Lunatic asylums in Bengal annual reports 1912-1924 - 1912-1924
Year: 1912
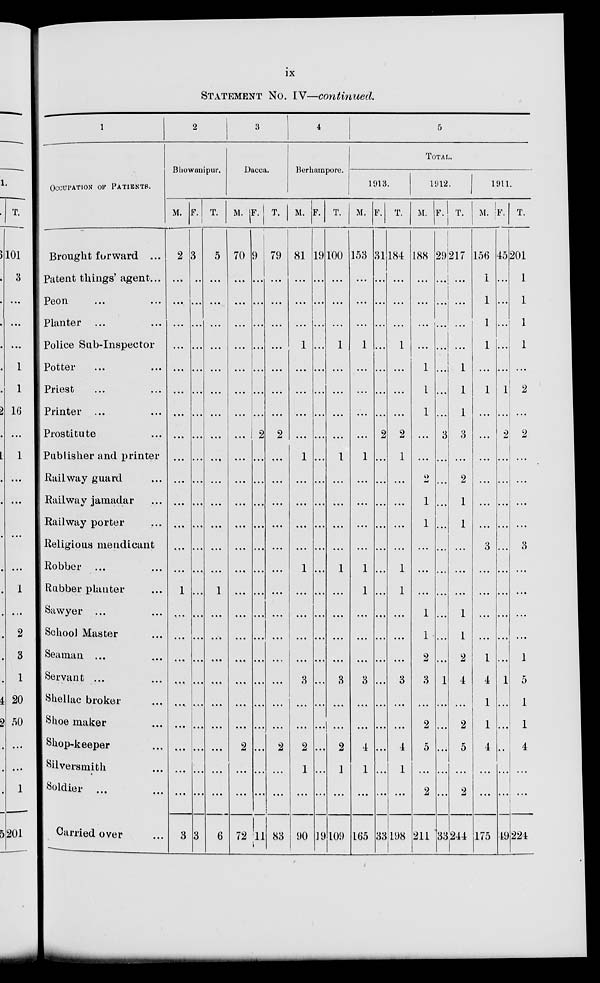
ix
STATEMENT No. IV—continued
1
OCCUPATION OF PATIENTS.
Brought forward ...
Patent things' agent...
Peon ...
Planter ...
Police Sab-Inspector ...
Potter ... ...
Priest ... ...
Printer ... ...
Prostitute ...
Publisher and printer
Railway guard ...
Railway jamadar ...
Railway porter
Religious mendicant
Robber ... ...
Rubber planter ...
Sawyer ... ...
School Master ...
Seaman ... ...
Servant ... ...
Shellac broker ...
Shoe maker ...
Shop-keeper ...
Silversmith ...
Soldier ... ...
Carried over ...
2
Bhawanipur.
M.
2
...
...
...
...
...
...
...
...
...
...
...
...
...
...
1
...
...
...
...
...
...
...
...
...
3
F.
3
...
...
...
...
...
...
...
...
...
...
...
...
...
...
...
...
...
...
...
...
...
...
...
...
3
T.
5
...
...
...
...
...
...
...
...
...
...
...
...
...
...
1
...
...
...
...
...
...
...
...
...
6
3
Dacca.
M.
70
...
...
...
...
...
...
...
...
...
...
...
...
...
. ..
...
...
...
...
...
...
...
2
...
...
72
F.
9
...
...
...
...
...
...
...
2
...
...
...
...
...
...
...
...
...
...
...
...
...
...
...
...
11
T.
79
...
...
...
...
...
...
...
2
...
...
...
...
...
...
...
...
...
...
...
...
...
2
...
...
83
4
Berhampore.
M.
81
...
...
...
1
...
...
...
...
1
...
...
...
...
1
...
...
...
...
3
...
...
2
1
...
90
F.
19
...
...
...
...
...
...
...
...
...
...
...
...
...
...
...
...
...
...
...
...
...
...
...
...
19
T.
100
...
...
...
1
...
...
...
...
1
...
...
...
...
1
...
...
...
...
3
...
...
2
1
...
109
5
TOTAL.
1913.
M.
153
...
...
...
1
...
...
...
...
1
...
...
...
...
1
1
...
...
...
3
...
...
4
1
...
165
F.
31
...
...
...
...
...
...
...
2
...
...
...
...
...
...
...
...
...
...
...
...
...
...
...
...
33
T.
184
...
...
...
1
...
...
...
2
1
...
...
...
...
1
1
...
...
...
3
...
...
4
1
...
198
1912.
M.
188
...
...
...
...
1
1
1
...
...
2
1
1
...
...
...
1
1
2
3
...
2
5
...
2
211
F.
29
...
...
...
...
...
...
...
3
...
...
...
...
...
...
...
...
...
...
1
...
...
...
...
...
33
T.
217
...
...
...
...
1
1
1
3
...
2
1
1
...
...
...
1
1
2
4
...
2
5
...
2
244
1911.
M.
156
1
1
1
1
...
1
...
...
...
...
...
...
3
...
...
...
...
1
4
1
1
4
...
...
175
F.
45
...
...
...
...
...
1
...
2
...
...
...
...
...
...
...
...
...
...
1
...
...
...
...
...
49
T.
201
1
1
1
1
...
2
...
2
...
...
...
...
3
...
...
...
...
1
5
1
1
4
...
...
224